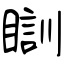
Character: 瞓